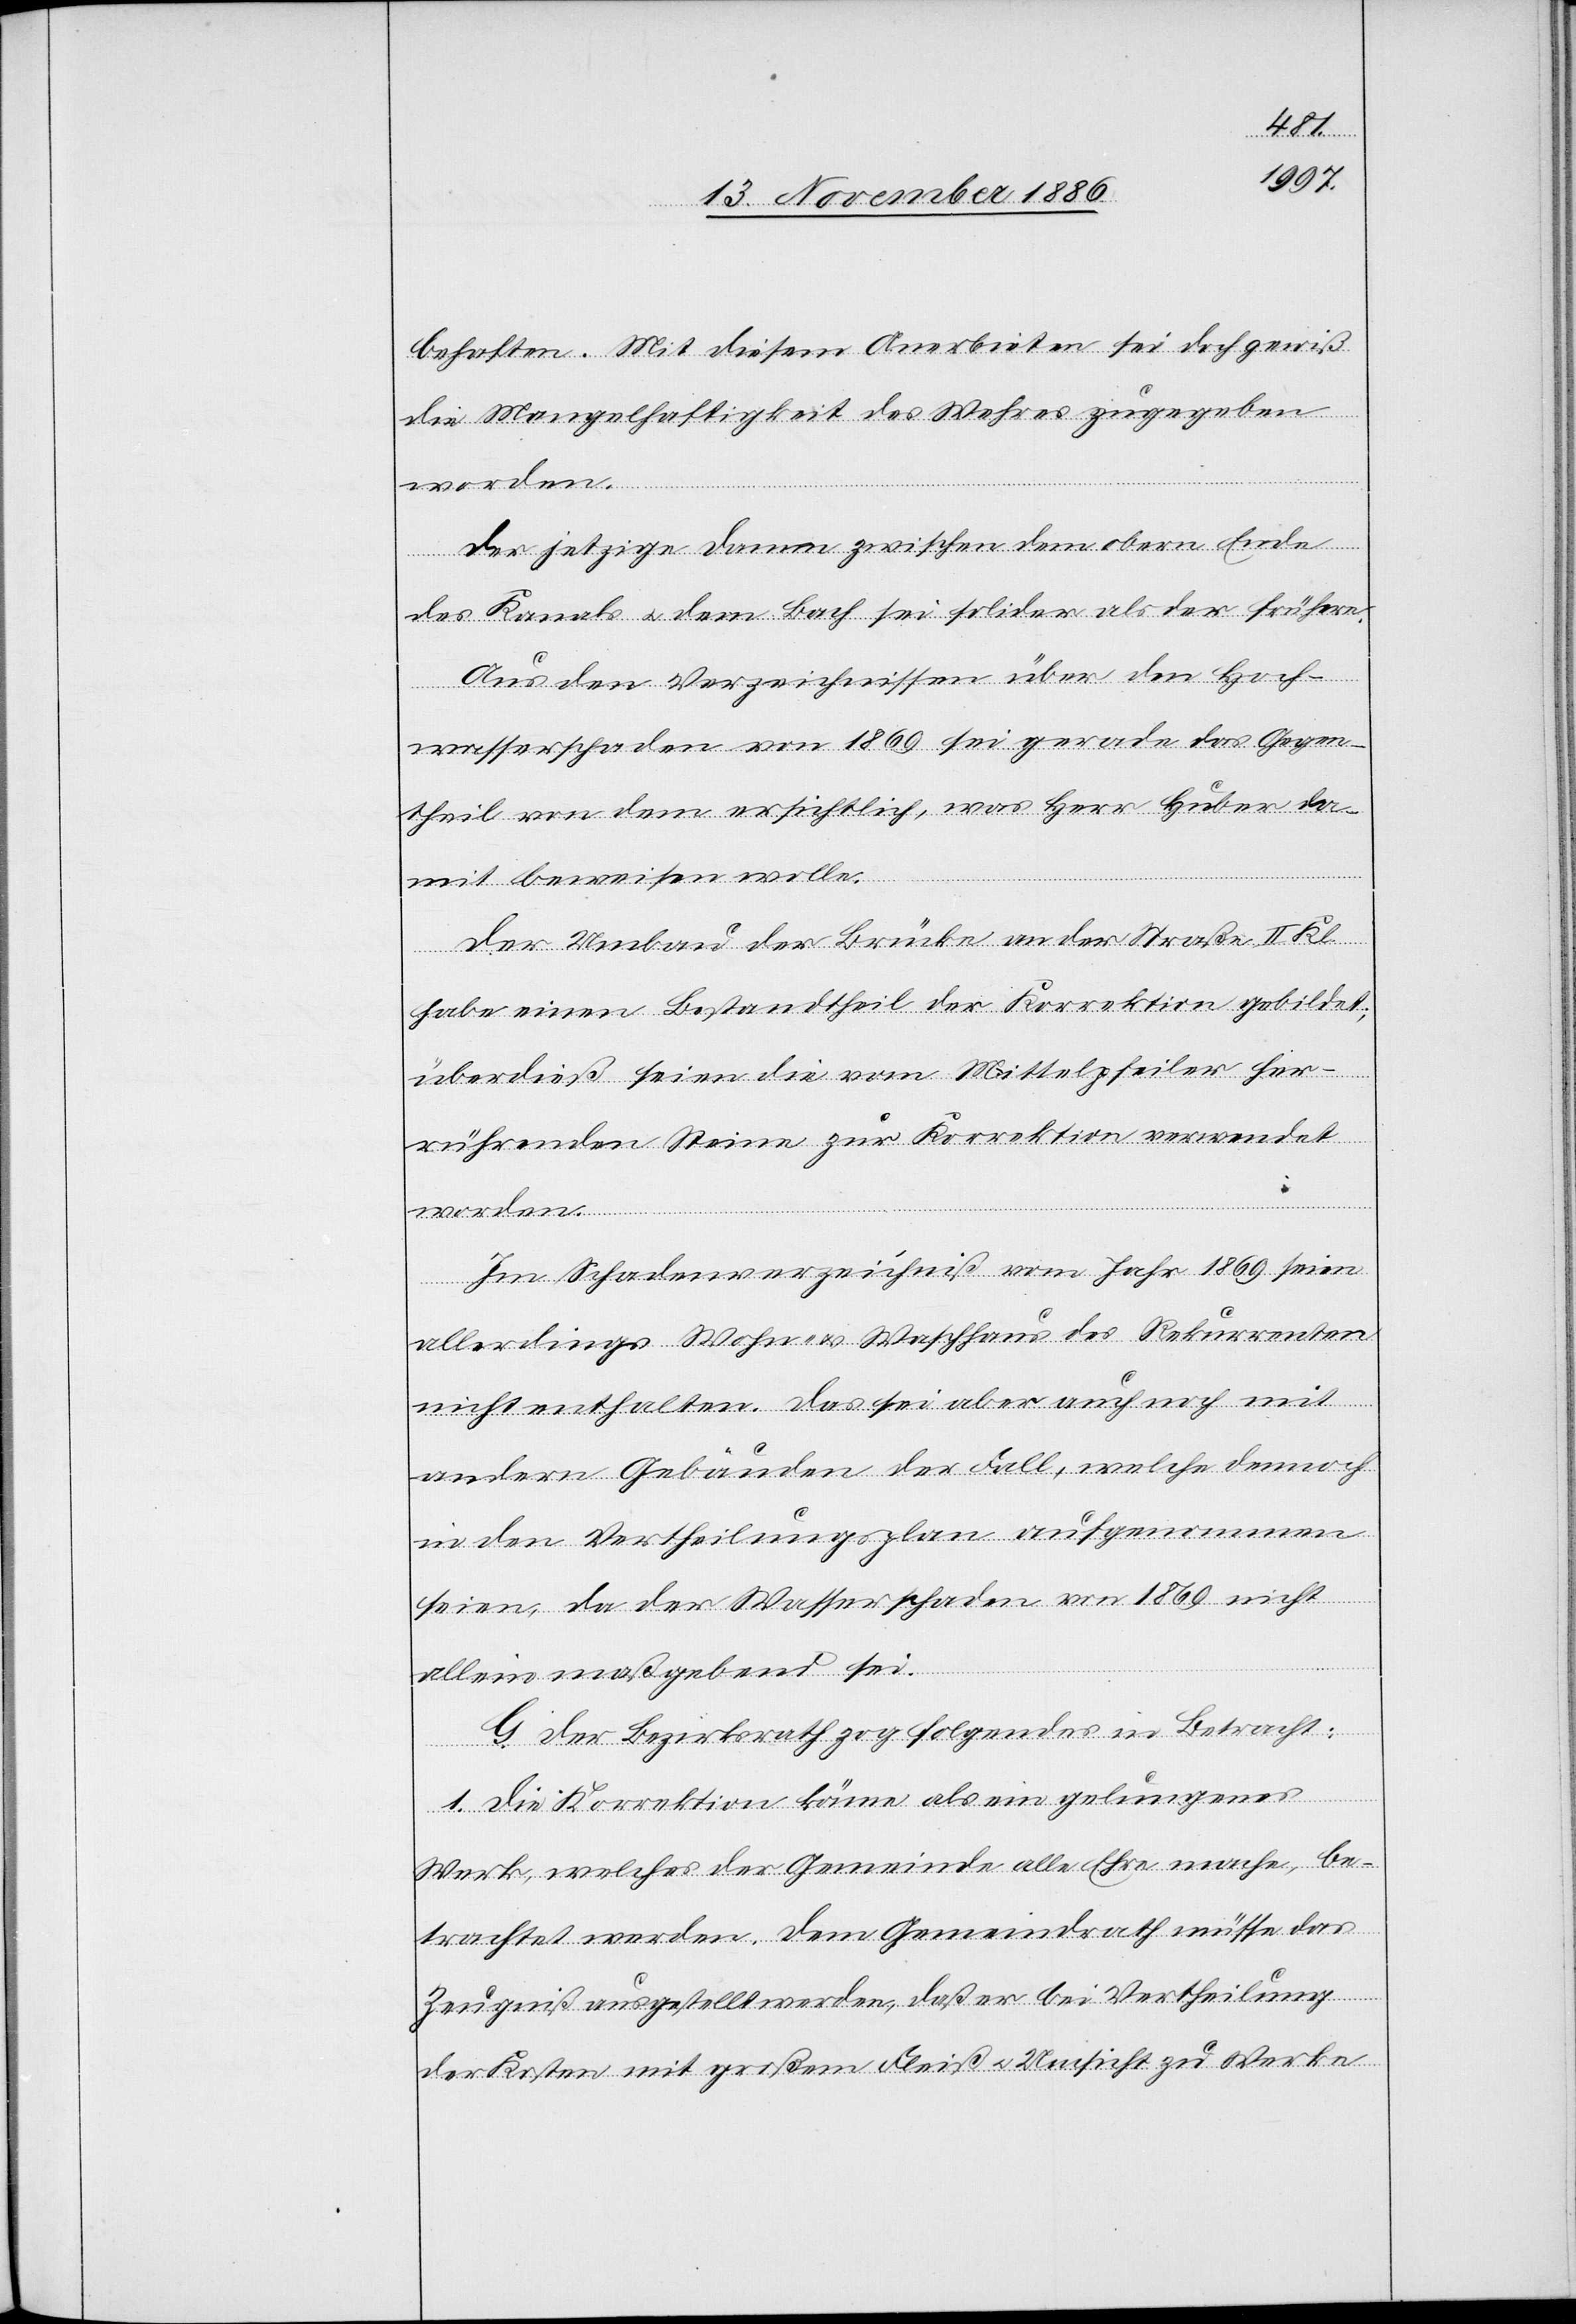
Kl.
behaften. Mit diesem Anerbieten sei doch gewiß
die Mangelhaftigkeit des Wehres zugegeben
worden.
Der jetzige Damm zwischen dem obern Ende
des Kanals & dem Bach sei solider als der frühere.
Aus den Verzeichnissen über den Hoch¬
wasserschaden von 1869 sei gerade das Gegen¬
theil von dem ersichtlich, was Herr Huber da¬
mit beweisen wolle.
Der Umbau der Brücke an der Straße II.
habe einen Bestandtheil der Korrektion gebildet;
überdieß seien die vom Mittelfpeiler her¬
rührenden Steine zur Korrektion verwendet
Im Schadenverzeichniß vom Jahr 1869 seien
allerdings Wohn- & Waschhaus des Rekurrenten
nicht enthalten. Das sei aber auch noch mit
andern Gebäuden der Fall, welche dennoch
in den Vertheilungsplan aufgenommen
seien, da der Wasserschaden von 1869 nicht
allein maßgebend sei.
G. Der Bezirksrath zog folgendes in Betracht:
1. Die Korrektion könne als ein gelungenes
Werk, welches der Gemeinde alle Ehre mache, be¬
trachtet werden. Dem Gemeindrath müsse das
Zeugniß ausgestellt werden, daß er bei Vertheilung
der Kosten mit großem Fleiß & Umsicht zu Werke